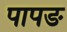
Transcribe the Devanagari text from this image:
पापङ